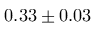
0 . 3 3 \pm 0 . 0 3